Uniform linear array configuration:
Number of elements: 12
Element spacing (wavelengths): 0.75
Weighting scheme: cosine
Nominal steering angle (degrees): -60
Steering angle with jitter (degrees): -61.729
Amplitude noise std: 0.05
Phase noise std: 0.05

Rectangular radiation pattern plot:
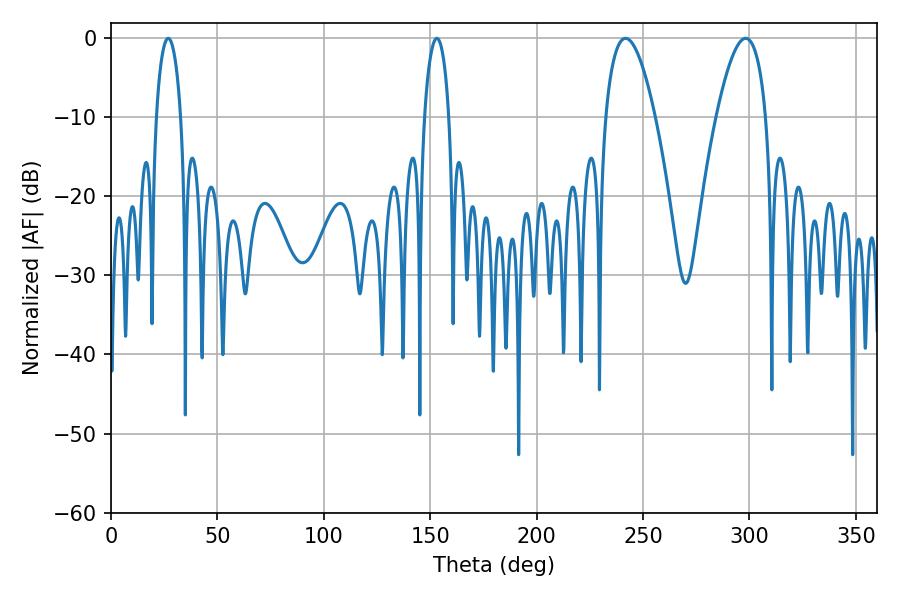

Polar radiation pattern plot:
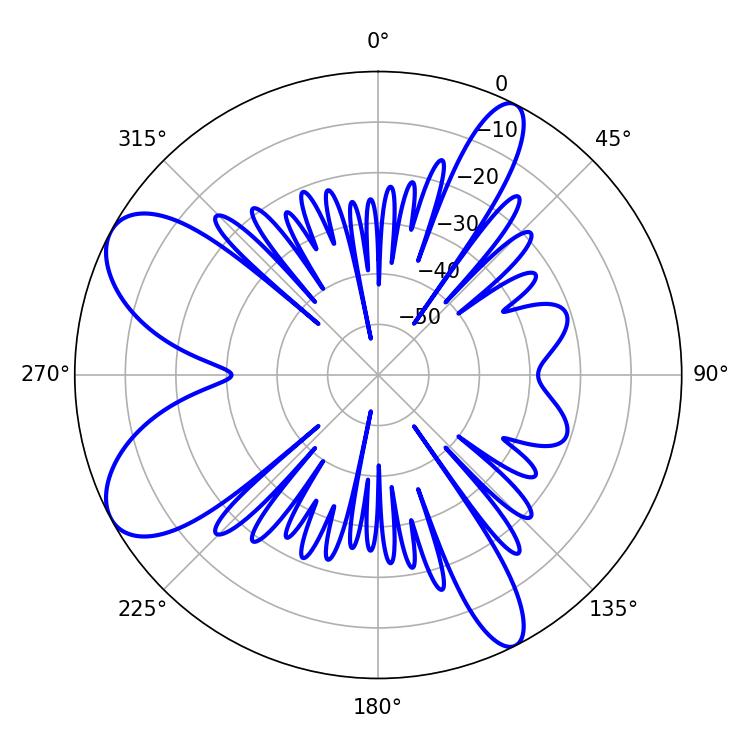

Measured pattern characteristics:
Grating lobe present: TRUE
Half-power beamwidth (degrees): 12.78
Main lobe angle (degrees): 241.74